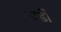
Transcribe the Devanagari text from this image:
स्टर्डी